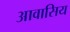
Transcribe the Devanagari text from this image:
आवासिय